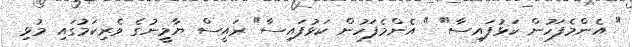
" އެންމެފަހުން ކަޅުފައިސާ" " އެންމެފަހުން ކަޅުފައިސާ" ރައީސް ޔާމީނުގެ ވެރިކަމުގައި މުޅި